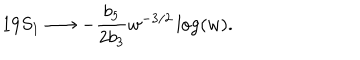
1 9 S _ { 1 } \longrightarrow - \frac { b _ { 5 } } { 2 b _ { 3 } } w ^ { - 3 / 2 } \log ( w ) .